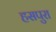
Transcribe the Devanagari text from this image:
हसपुरा